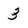
Character: 3